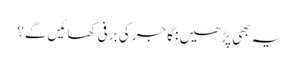
یہ بھی پڑھیں : گاجر کی برفی کھائیں گے؟